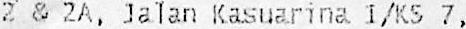
2 & 2A, JALAN KASUARINA 1/KS 7,